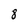
Character: 8